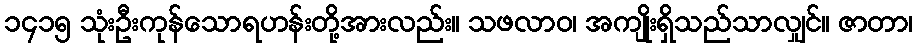
၁၄၁၅ သုံးဦးကုန်သောရဟန်းတို့အားလည်း။ သဖလာဝ၊ အကျိုးရှိသည်သာလျှင်။ ဇာတာ၊